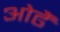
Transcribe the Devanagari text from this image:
ओढैं